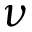
\nu